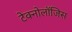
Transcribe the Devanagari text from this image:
टेक्नोलॉजिस